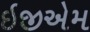
ઇજીએમ